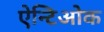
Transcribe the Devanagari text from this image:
ऐन्टिओक